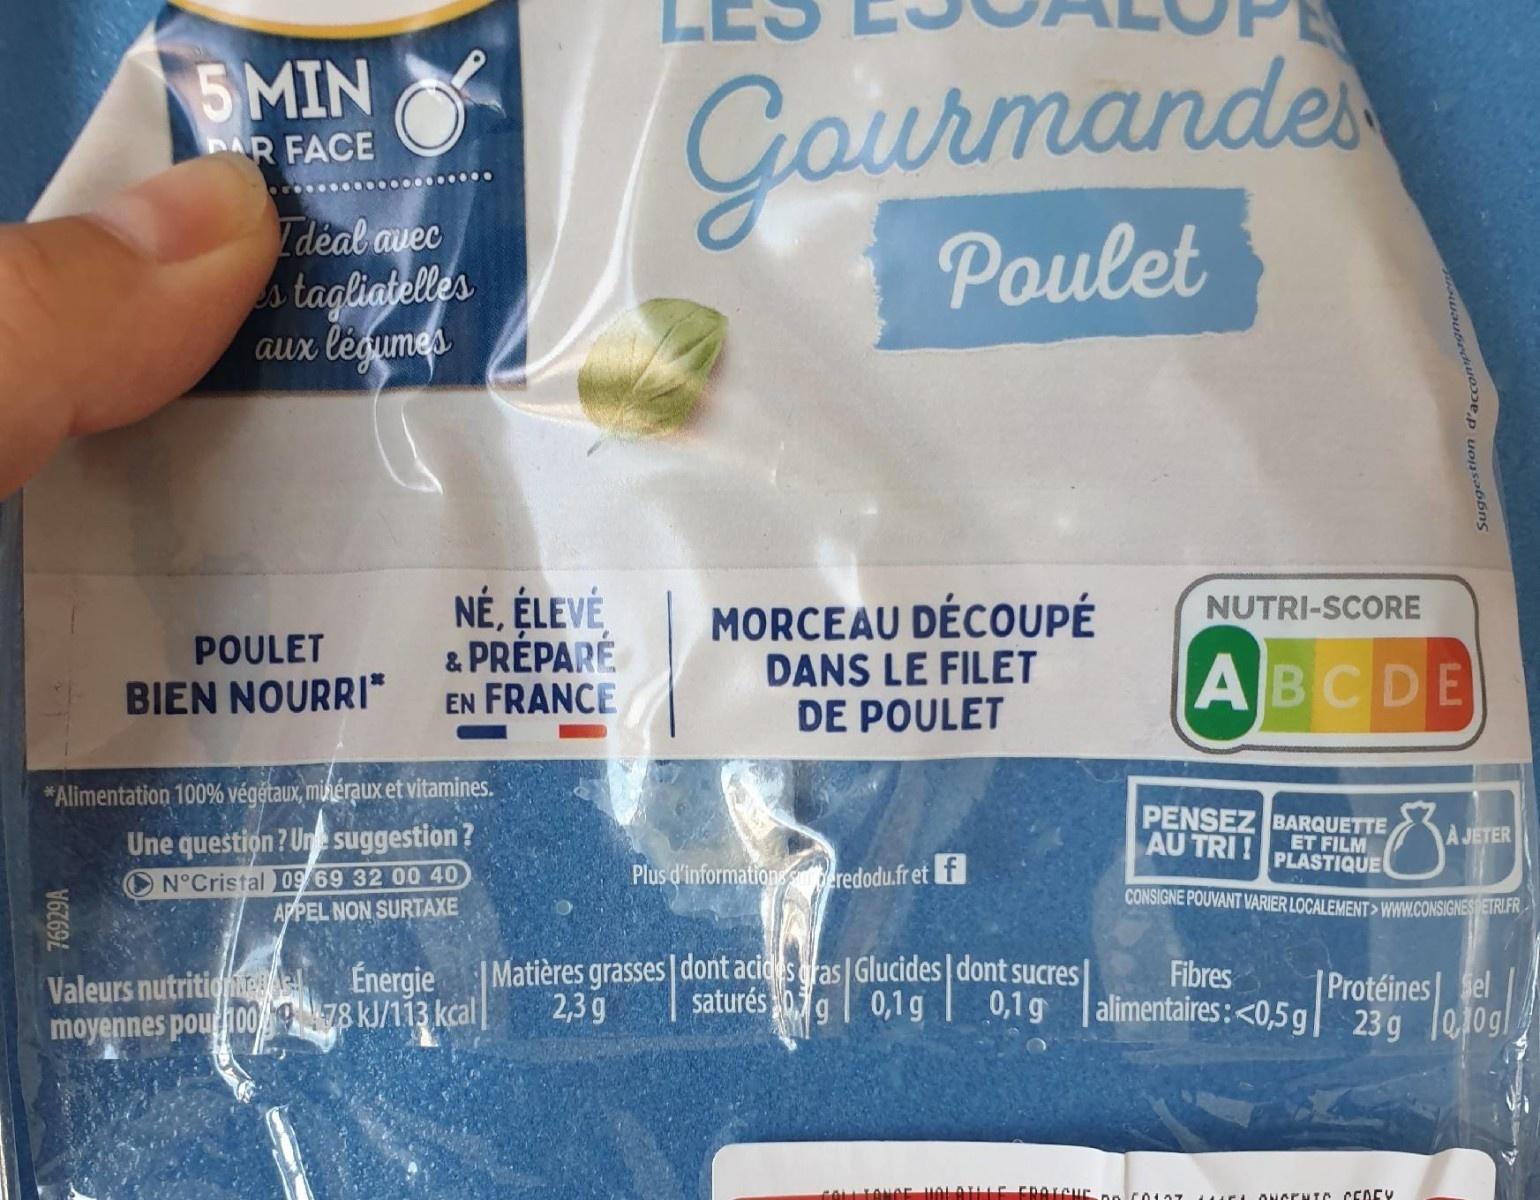
Gourmandes Poulet
5 MIN
AR FACE
Idéal avec s tagliatelles aux légumes
NÉ, ÉLEVÉ & PRÉPARÉ EN FRANCE
MORCEAU DÉCOUPÉ DANS LE FILET DE POULET
NUTRI-SCORE
POULET
BIEN NOURRI"
ABCDE
*Alimentation 100% végétaux, mihéraux et vitamines.
PENSEZ BARQUETTE
Une question? Une suggestion?
ET FILM AU TRI !PLASTIQUE
A JETER
Plus d'informations redodu.fret f
N°Cristal 09 69 32 00 40 APPEL NON SURTAXE
CONSIGNE POUVANT VARIER LOCALEMENT> WWW.CONSIGNESEIRIFK
Matières grasses dont acides gras| Glucides | dont sucres 2,3 g
Fibres saturés 0g | 0,1g| |alimentaires:<0,5 g| 23g 0,10g|
Énergie
Valeurs nutritionee moyennes poui00 78 kJ/113 kcal
Protéines Sel
0,1 g
76929A